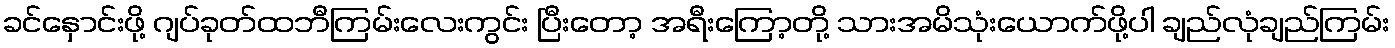
ခင်နှောင်းဖို့ ဂျပ်ခုတ်ထဘီကြမ်းလေးကွင်း ပြီးတော့ အရီးကြော့တို့ သားအမိသုံးယောက်ဖို့ပါ ချည်လုံချည်ကြမ်း